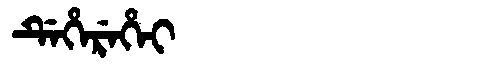
Manchu: ᡩᡝᡥᡝᡵᡝᡥᡝᡳ
Romanization: DEHEREHEI